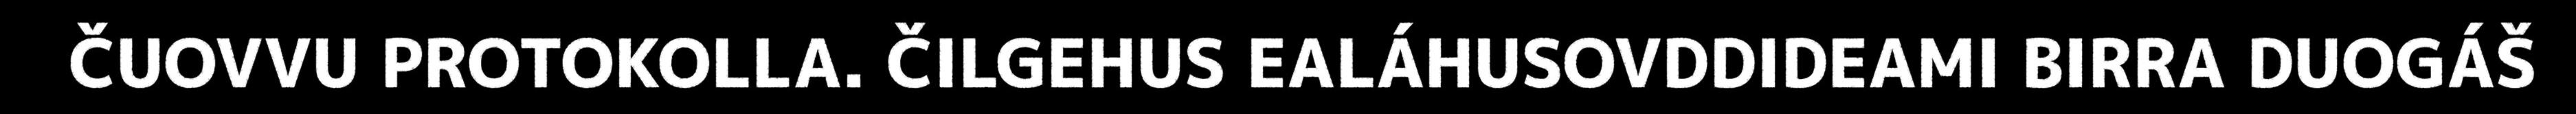
ČUOVVU PROTOKOLLA. ČILGEHUS EALÁHUSOVDDIDEAMI BIRRA DUOGÁŠ